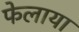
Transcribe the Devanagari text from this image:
फेलाया